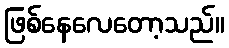
ဖြစ်နေလေတော့သည်။